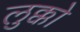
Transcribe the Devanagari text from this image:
लुक्को